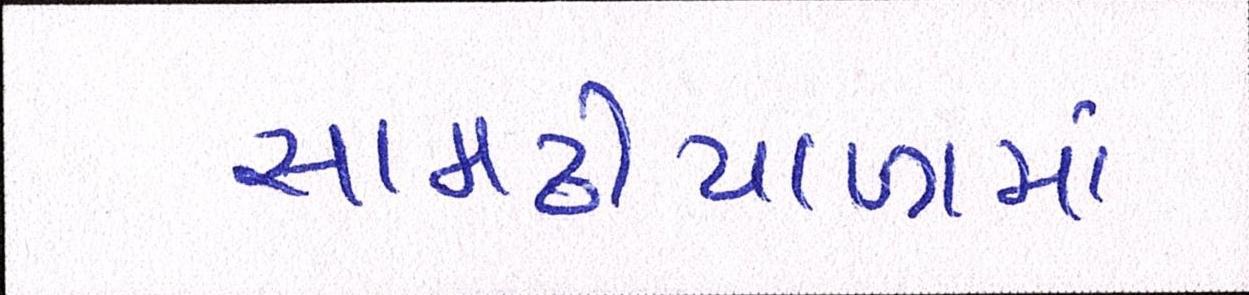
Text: સામઢીયાળામાં